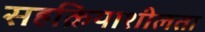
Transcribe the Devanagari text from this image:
सहक्रियाशीलता